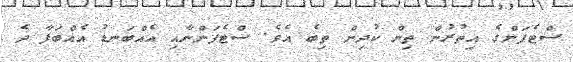
ސްޓެފަންގެ އިތުރުން ތިން ކުދިން ތިބެ އެވެ. ސްޓެފަންނާއި އެއްބަނޑު އެއްބަފާ ދެ